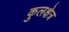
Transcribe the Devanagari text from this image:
कुलक्षेत्र